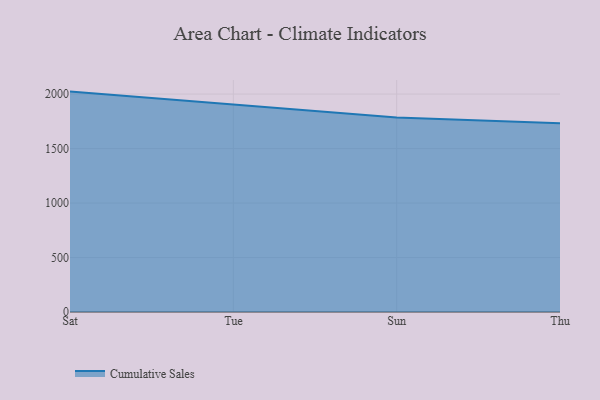
{"axis": {"x": "Day", "y": "Population (Million)"}, "legend": ["Cumulative Sales"], "data": [{"x": "Sat", "y": 2022.7, "type": "Cumulative Sales"}, {"x": "Tue", "y": 1905.2, "type": "Cumulative Sales"}, {"x": "Sun", "y": 1785.1, "type": "Cumulative Sales"}, {"x": "Thu", "y": 1731.6, "type": "Cumulative Sales"}]}